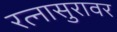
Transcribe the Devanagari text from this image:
रत्नासुरावर